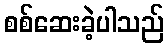
စစ်ဆေးခဲ့ပါသည်